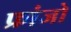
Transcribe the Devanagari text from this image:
फ्रांजो